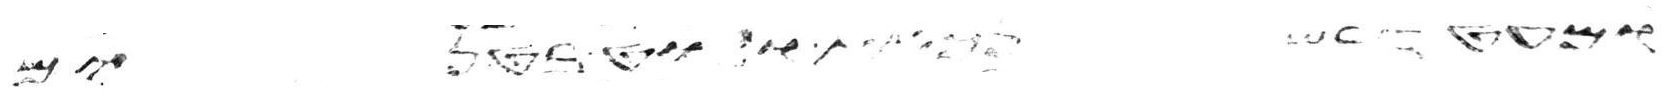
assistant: ומעט דבש נכאת ולוט בטנים